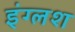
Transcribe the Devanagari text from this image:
इंग्लश